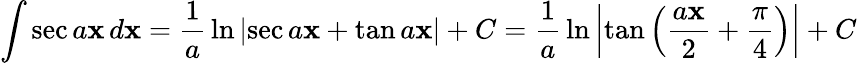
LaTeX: \int\sec{a\mathbf{x}}\, d\mathbf{x}={\frac{{1}}{{a}}}\ln{\left|\sec{a\mathbf{x}}+\tan{a\mathbf{x}}\right|}+C={\frac{{1}}{{a}}}\ln{\left|\tan{\left({\frac{{a\mathbf{x}}}{{2}}}+{\frac{{\pi}}{{4}}}\right)}\right|}+C